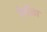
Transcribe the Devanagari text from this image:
पेनीका